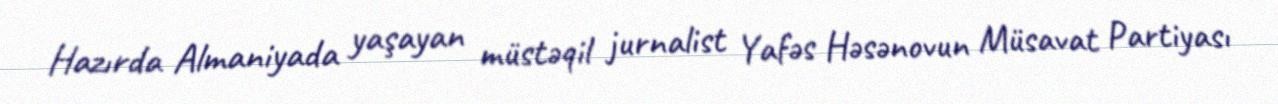
Hazırda Almaniyada yaşayan müstəqil jurnalist Yafəs Həsənovun Müsavat Partiyası